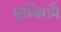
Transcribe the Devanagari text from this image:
सुब्बिरामै